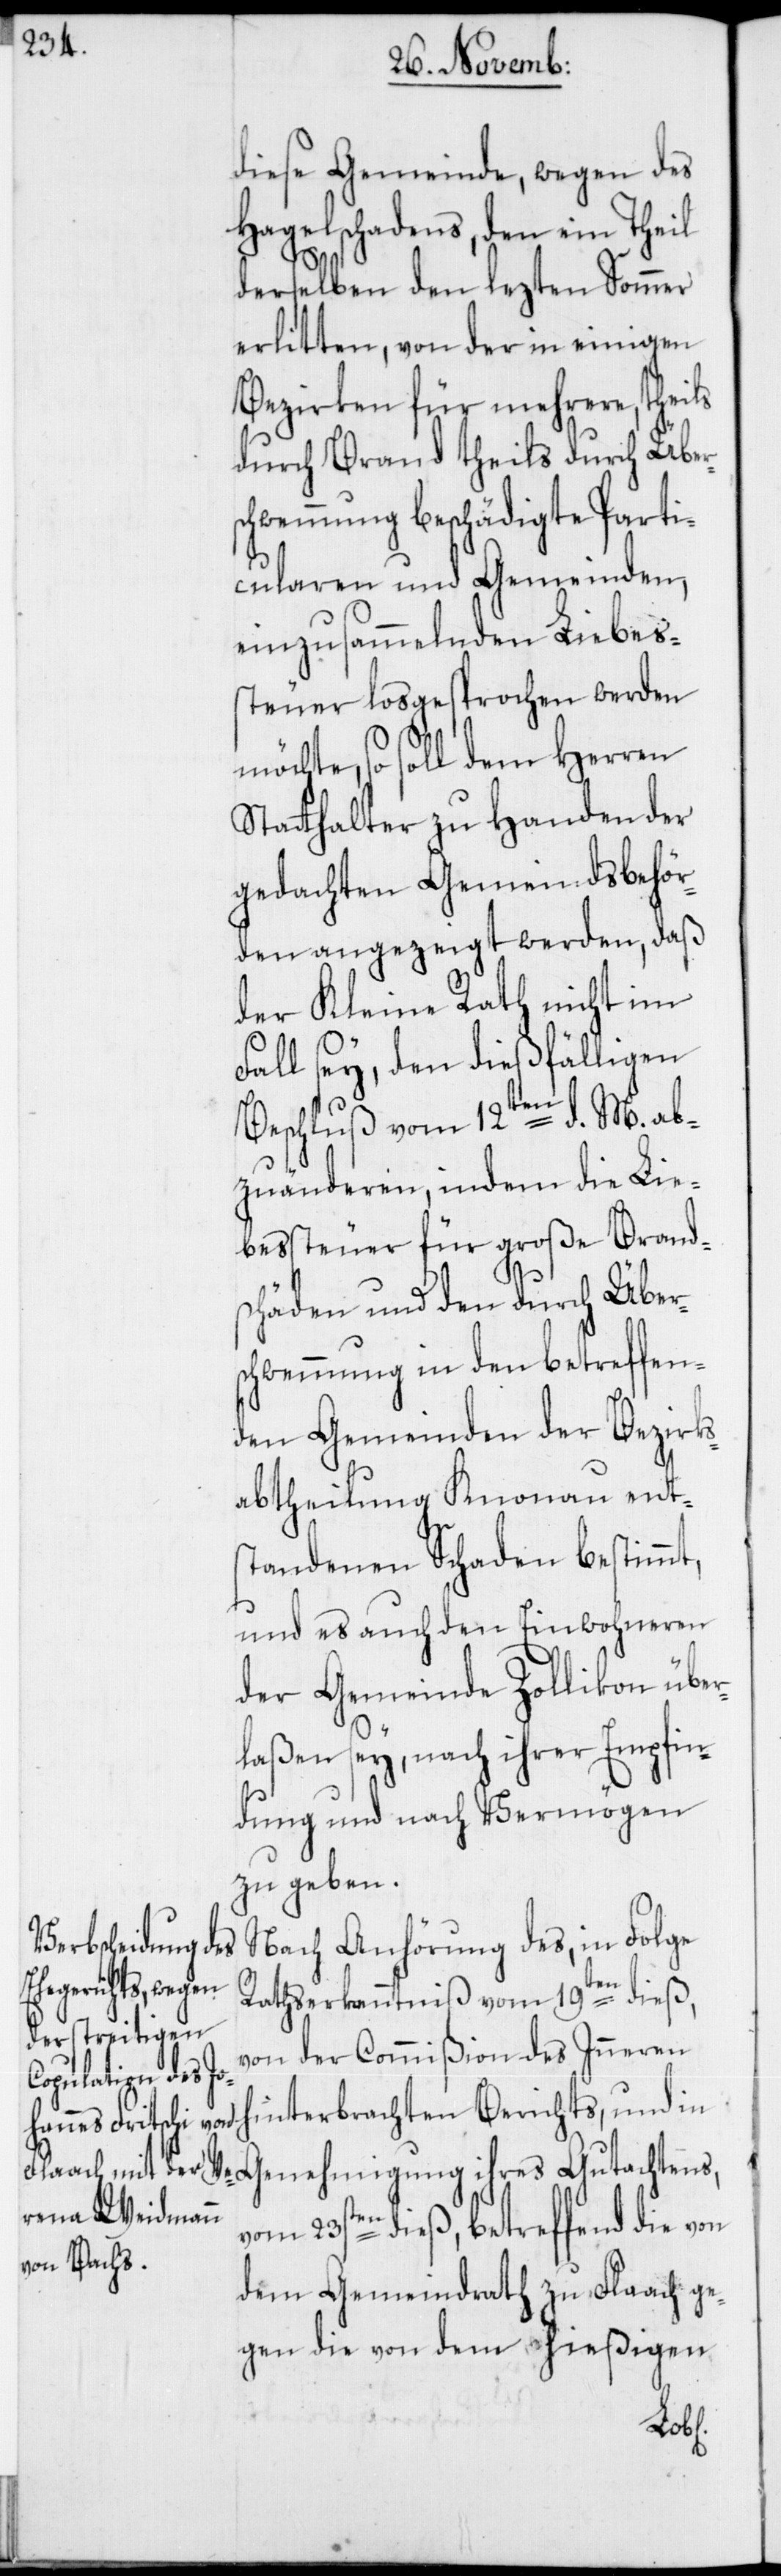
diese Gemeinde, wegen des
Hagelschadens, den ein Theil
v¬
derselben den lezten Sommer
erlitten, von der in einigen
Bezirken für mehrere, theils
durch Brand theils durch Über¬
schwemmung beschädigte Parti¬
cularen und Gemeinden,
einzusammelnden Liebes¬
steuer losgesprochen werden
möchte, so soll dem Herren
Statthalter zu Handen der
gedachten Gemeindsbehör¬
den angezeigt werden, daß
der Kleine Rath nicht im
Fall sey, den dießfälligen
Beschluß vom 12ten d. M. ab¬
zuänderen, indem die Lie¬
bessteuer für große Brand¬
schäden und den durch Über¬
schwemmung in den betreffen¬
den Gemeinden der Bezirks¬
abtheilung Knonau ents¬
tandenen Schaden bestimmt,
und es auch den Einwohneren
der Gemeinde Zollikon über¬
laßen sey, nach ihrer Empfin¬
dung und nach Vermögen
zu geben.
Nach Anhörung des, in Folge
Rathserkanntnis vom 19ten dieß,
von der Commißion des Inneren
Berichts, und in Genehmigung ihres Gutachtens,
om 23sten dieß, betreffend die
dem Gemeindrath zu Flaach ge¬
gen die von dem hießigen